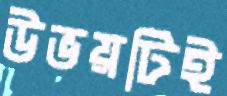
উভয়টিই